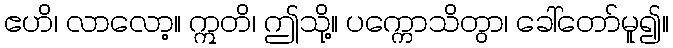
ဧဟိ၊ လာလော့။ ဣတိ၊ ဤသို့။ ပက္ကောသိတွာ၊ ခေါ်တော်မူ၍။